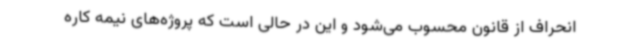
انحراف از قانون محسوب می‌شود و این در حالی است که پروژه‌های نیمه کاره